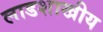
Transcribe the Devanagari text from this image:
लाडशाखीय